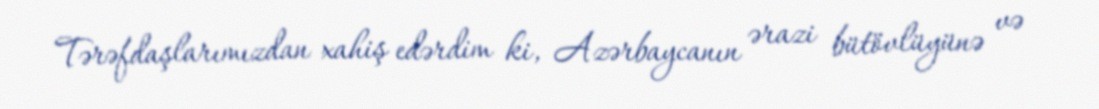
Tərəfdaşlarımızdan xahiş edərdim ki, Azərbaycanın ərazi bütövlüyünə və